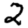
Digit: 2